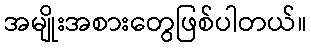
အမျိုးအစားတွေဖြစ်ပါတယ်။